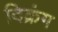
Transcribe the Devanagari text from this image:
दिक्रंग